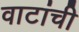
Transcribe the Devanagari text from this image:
वाटांची